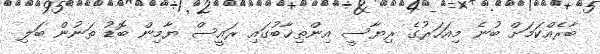
ބާރެއްކަމަށް ބުނެ މިއަހަރުގެ ރިޔާސީ އިންތިޚާބުގައި ރައީސް ޔާމިން ބޮޑު ތަނުން ބަލި